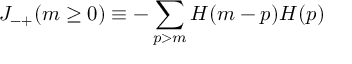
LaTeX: J _ { - + } ( m \ge 0 ) \equiv - \sum _ { p > m } H ( m - p ) H ( p )